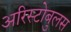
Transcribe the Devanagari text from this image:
अरिस्टोबुलस